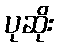
ပုဆိုး